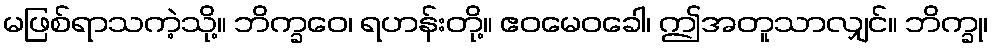
မဖြစ်ရာသကဲ့သို့။ ဘိက္ခဝေ၊ ရဟန်းတို့။ ဧဝမေဝခေါ၊ ဤအတူသာလျှင်။ ဘိက္ခု၊